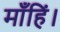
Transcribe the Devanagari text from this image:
माँहिं।